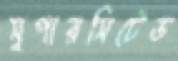
সুপারসিটেড